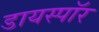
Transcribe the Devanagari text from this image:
डायस्पॉर